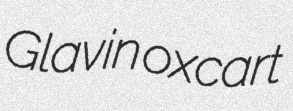
Glavin oxcart